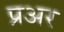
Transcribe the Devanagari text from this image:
प्रअर